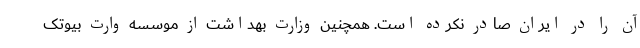
آن را در ایران صادر نکرده است. همچنین وزارت بهداشت از موسسه وارت بیوتک